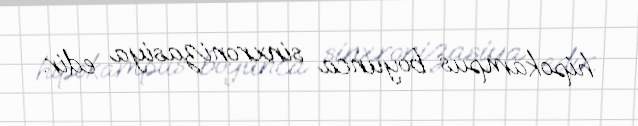
hipokampus boyunca sinxronizasiya edir.